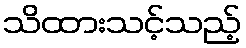
သိထားသင့်သည့်